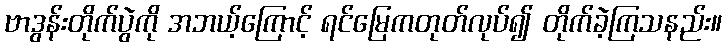
ဗာဒွန်းတိုက်ပွဲကို အဘယ့်ကြောင့် ရင်မြေကတုတ်လုပ်၍ တိုက်ခဲ့ကြသနည်း။